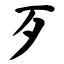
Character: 歹